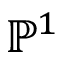
\mathbb { P } ^ { 1 }